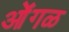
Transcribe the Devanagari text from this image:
ओंगळ